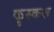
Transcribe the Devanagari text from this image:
कुस्करू